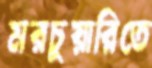
মরচুয়ারিতে